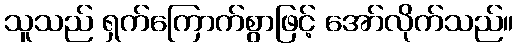
သူသည် ရှက်ကြောက်စွာဖြင့် အော်လိုက်သည်။